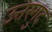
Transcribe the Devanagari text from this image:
उत्तरगुद